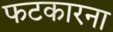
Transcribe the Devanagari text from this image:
फटकारना